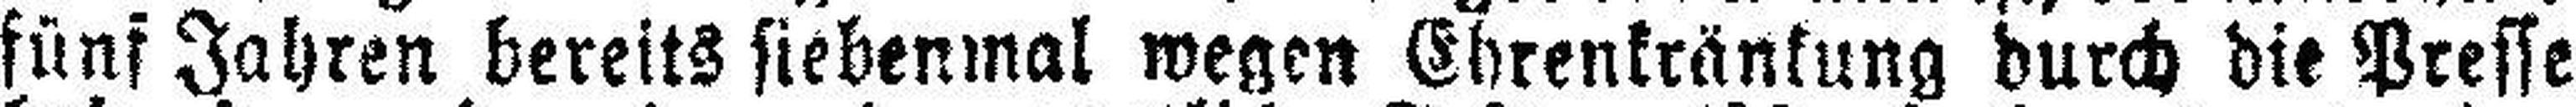
fünf Jahren bereits siebenmal wegen Ekrenkränkung durch die Presse